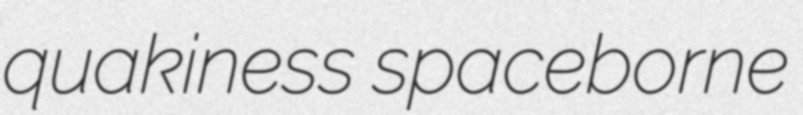
quakiness spaceborne